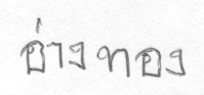
อ่างทอง